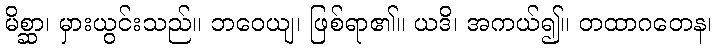
မိစ္ဆာ၊ မှားယွင်းသည်။ ဘဝေယျ၊ ဖြစ်ရာ၏။ ယဒိ၊ အကယ်၍။ တထာဂတေန၊